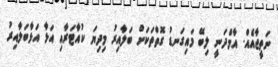
ނަތީޖާއެއް. އާމްދަނީ ލިބޭ މައިގަނޑު ގޮތްތަކަށް ބަލާއިރު މިދިޔަ ކުއާޓަރާއި އަޅާ އަޅާބަލާއިރު